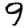
Digit: 9